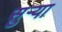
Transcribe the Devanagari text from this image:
सुर्‍या